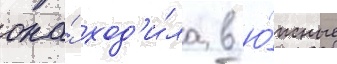
она́ ход'и́ла в ю́жные